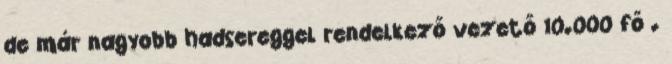
de már nagyobb hadsereggel rendelkező vezető 10.000 fő .